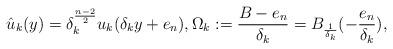
LaTeX: \begin{align*}\hat u_k(y)=\delta_k^\frac{n-2}{2}u_k(\delta_k y+e_n), {\Omega_k}:=\frac{{B}-e_n}{\delta_k}=B_{\frac{1}{\delta_k}}(-\frac{e_n}{\delta_k}), \end{align*}